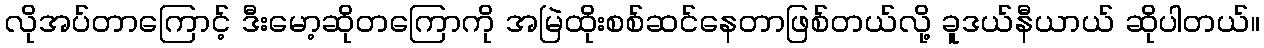
လိုအပ်တာကြောင့် ဒီးမော့ဆိုတကြောကို အမြဲထိုးစစ်ဆင်နေတာဖြစ်တယ်လို့ ခူဒယ်နီယာယ် ဆိုပါတယ်။